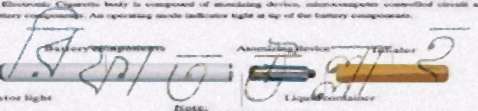
রিফাতউল্লাহ